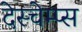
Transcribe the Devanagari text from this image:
देस्चेम्प्स